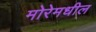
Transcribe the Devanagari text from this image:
मोरेमधील